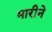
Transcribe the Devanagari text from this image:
भारीने